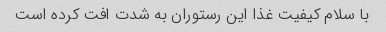
با سلام کیفیت غذا این رستوران به شدت افت کرده است